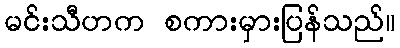
မင်းသီဟက စကားမှားပြန်သည်။